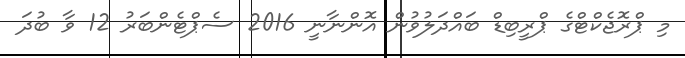
މި ޕްރޮޖެކްޓްގެ ޕްރީބިޑް ބައްދަލުވުން އޮންނާނީ 2016 ސެޕްޓެންބަރު 12 ވާ ބުދަ